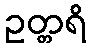
ဥတ္တရိ